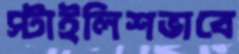
স্টাইলিশভাবে